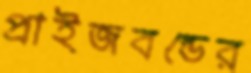
প্রাইজবন্ডের